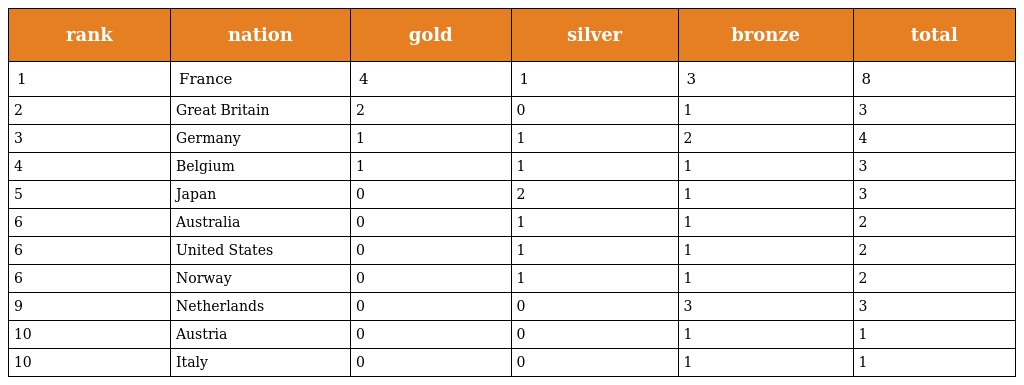
| rank | nation | gold | silver | bronze | total |
 | --- | --- | --- | --- | --- | --- |
 | 1 | France | 4 | 1 | 3 | 8 |
 | 2 | Great Britain | 2 | 0 | 1 | 3 |
 | 3 | Germany | 1 | 1 | 2 | 4 |
 | 4 | Belgium | 1 | 1 | 1 | 3 |
 | 5 | Japan | 0 | 2 | 1 | 3 |
 | 6 | Australia | 0 | 1 | 1 | 2 |
 | 6 | United States | 0 | 1 | 1 | 2 |
 | 6 | Norway | 0 | 1 | 1 | 2 |
 | 9 | Netherlands | 0 | 0 | 3 | 3 |
 | 10 | Austria | 0 | 0 | 1 | 1 |
 | 10 | Italy | 0 | 0 | 1 | 1 |